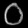
Digit: ၀